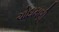
ચોદામણી